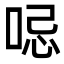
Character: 𠲹